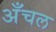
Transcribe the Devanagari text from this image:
अँचल